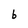
Character: b